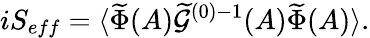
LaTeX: iS_{eff}=\langle\widetilde{\Phi}(A)\widetilde{{\cal G}}^{(0)-1}(A)\widetilde{\Phi}(A)\rangle.